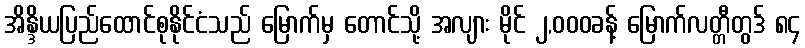
အိန္ဒိယပြည်ထောင်စုနိုင်ငံသည် မြောက်မှ တောင်သို့ အလျား မိုင် ၂,၀၀၀ခန့် မြောက်လတ္တီတွဒ် ၈၄